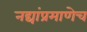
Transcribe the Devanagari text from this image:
नद्यांप्रमाणेच